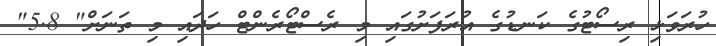
ހުރަވަޅި ރިސޯޓުގެ ކަނޑުގެ އުރަފަށުގައި މި ރެސްޓޯރެންޓް ހަދައި މި ތަނަށް" 5.8"